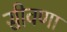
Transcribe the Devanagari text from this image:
सीवणा